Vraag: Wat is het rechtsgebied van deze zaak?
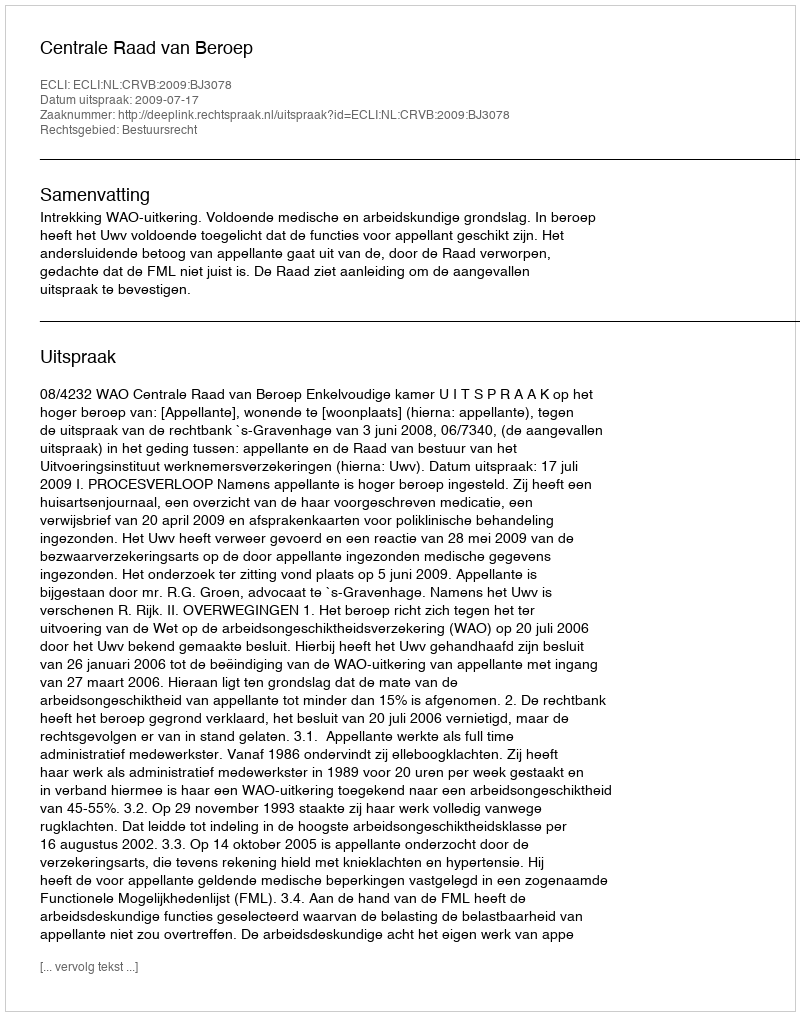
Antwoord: Bestuursrecht